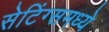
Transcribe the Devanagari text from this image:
सेटिंग्समध्ये